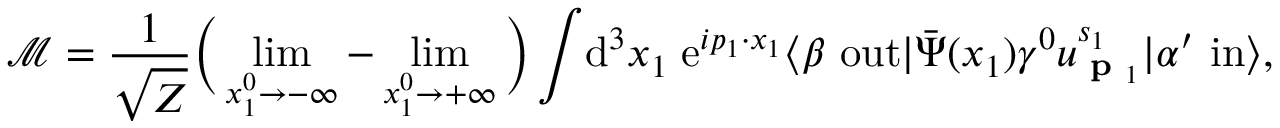
{ \mathcal { M } } = { \frac { 1 } { \sqrt { Z } } } { \Big ( } \operatorname* { l i m } _ { x _ { 1 } ^ { 0 } \rightarrow - \infty } - \operatorname* { l i m } _ { x _ { 1 } ^ { 0 } \rightarrow + \infty } { \Big ) } \int \! \mathrm { d } ^ { 3 } x _ { 1 } \; \mathrm { e } ^ { i p _ { 1 } \cdot x _ { 1 } } \langle \beta \ \mathrm { o u t } | { \bar { \Psi } } ( x _ { 1 } ) \gamma ^ { 0 } u _ { { \textbf { p } } _ { 1 } } ^ { s _ { 1 } } | \alpha ^ { \prime } \ \mathrm { i n } \rangle ,